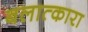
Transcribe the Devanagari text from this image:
बलात्कारा